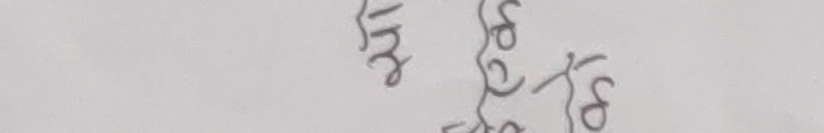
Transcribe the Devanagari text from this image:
अन्तर्द्वन्द्व